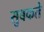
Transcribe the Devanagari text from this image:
सुबकते